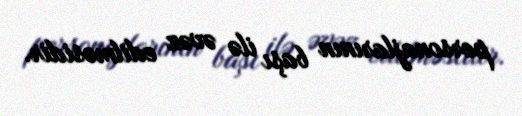
personajlarının başı ilə əvəz edilməsidir.